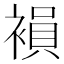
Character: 𧜘